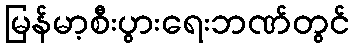
မြန်မာ့စီးပွားရေးဘဏ်တွင်